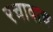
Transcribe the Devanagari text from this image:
रचावाच